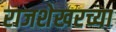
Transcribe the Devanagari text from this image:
राजशेखरच्या